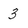
Character: 3